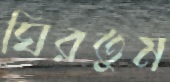
ঘিরতুম